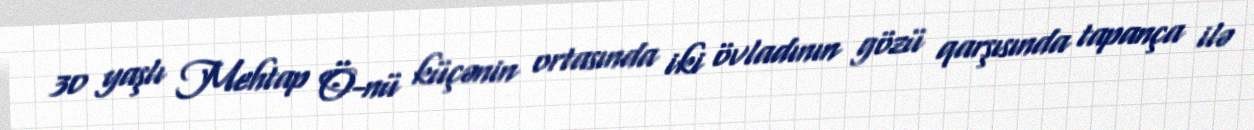
30 yaşlı Mehtap Ö-nü küçənin ortasında iki övladının gözü qarşısında tapança ilə